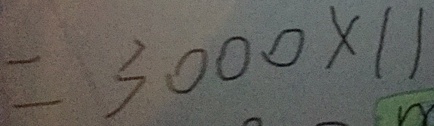
= 3 0 0 0 \times 1 1